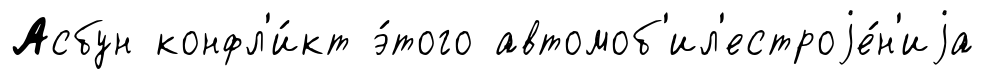
Асбун конфл'и́кт э́того автомоб'ил'естроjе́н'иjа